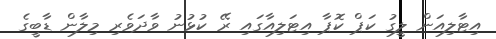
އިޓާލިއަން ލީގު ކަޕް ކޮޕާ އިޓަލިއާގައި ރޭ ކުޅުނު ވާދަވެރި މިލާން ޑާބީގެ